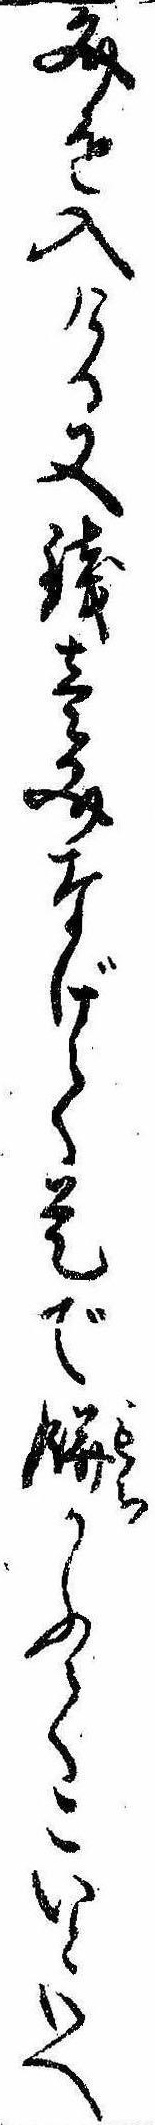
文を入ける又銭壱文なげて是で餅かふてこいといへ